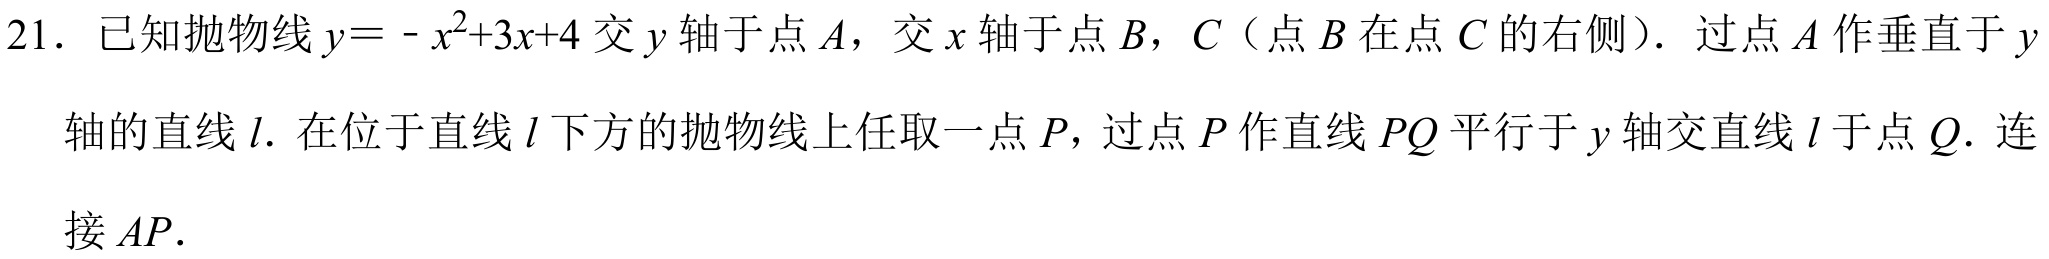
21. 已知抛物线\(y = -x^{2}+3x + 4\)交\(y\)轴于点\(A\)，交\(x\)轴于点\(B\)，\(C\)（点\(B\)在点\(C\)的右侧）. 过点\(A\)作垂直于\(y\)轴的直线\(l\). 在位于直线\(l\)下方的抛物线上任取一点\(P\)，过点\(P\)作直线\(PQ\)平行于\(y\)轴交直线\(l\)于点\(Q\). 连接\(AP\).